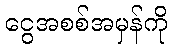
ငွေအစစ်အမှန်ကို